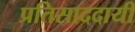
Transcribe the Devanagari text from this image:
प्रतिसाददायी